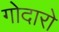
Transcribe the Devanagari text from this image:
गोदारो